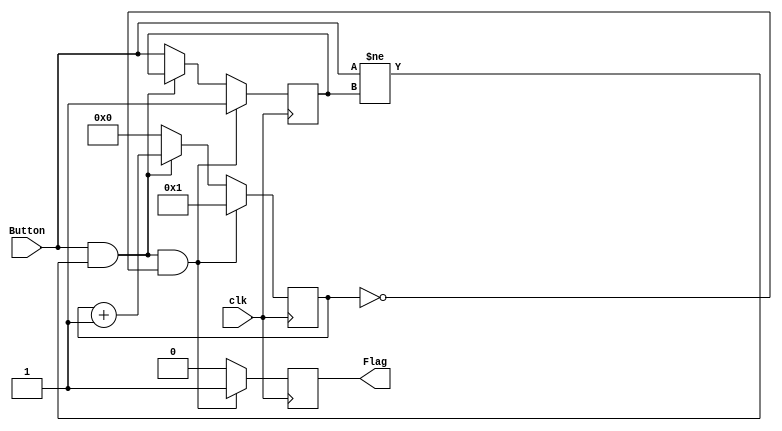
`timescale 1ns / 1ps
//////////////////////////////////////////////////////////////////////////////////
// Company: 
// Engineer: 
// 
// Design Name: 
// Module Name: Debounce
// Project Name: 
// Target Devices: 
// Tool Versions: 
// Description: 
// 
// Dependencies: 
// 
// Revision:
// Revision 0.01 - File Created
// Additional Comments:
// 
//////////////////////////////////////////////////////////////////////////////////
module DebounceBTN(
input clk,		//input clock
input Button,  //input reset signal (external button)
output reg Flag //output reset signal (delayed)
    );
//--------------------------------------------
reg previous_state =0;
reg [14:0]Count = 0; //assume count is null on FPGA configuration // approximatly 20ms when done counting

//--------------------------------------------
always @(posedge clk) begin  	//activates every clock edge
 //previous_state <= Button;		// localise the reset signal
   if (Button && Button != previous_state && Count == 0) begin		// reset block
    Flag <= 1'b1;					// reset the output to 1
	 Count <= 1;
	 previous_state <= 1;
  end 
  else if (Button && Button != previous_state) begin
	 Flag <= 1'b0;	
	 Count <= Count + 1'b1;
  end 
  else begin
	 Flag <= 1'b0;	
	 previous_state <= Button;
	 Count <= 0;
  end

end //always
 //--------------------------------------------
endmodule
//------------------------------------